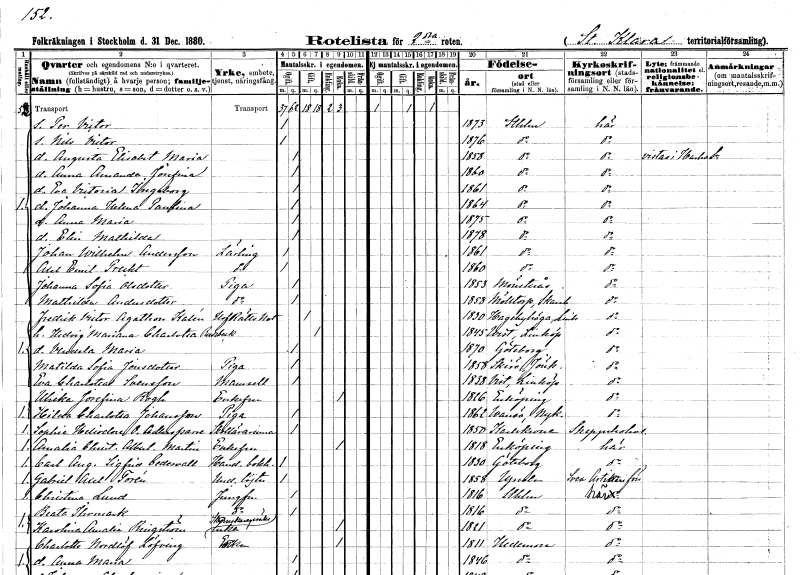
gt_parse: households: individuals: FN: Per Victor
KON: M
CIV: O
FODAR: 1873
FODFORS: Stockholm
FN: Nils Victor
KON: M
CIV: O
FODAR: 1876
FODFORS: Stockholm
FN: Augusta Elisabet Maria
KON: K
CIV: O
FODAR: 1858
FODFORS: Stockholm
FN: Anna Amanda Josefina
KON: K
CIV: O
FODAR: 1860
FODFORS: Stockholm
FN: Eva Victoria Ingeborg
KON: K
CIV: O
FODAR: 1861
FODFORS: Stockholm
FN: Johanna Helena Paulina
KON: K
CIV: O
FODAR: 1864
FODFORS: Stockholm
FN: Anna Maria
KON: K
CIV: O
FODAR: 1875
FODFORS: Stockholm
FN: Elin Mathilda
KON: K
CIV: O
FODAR: 1878
FODFORS: Stockholm
FN: Johan Wilhelm
EN: Andersson
YRKE: Lärling
KON: M
CIV: O
FODAR: 1861
FODFORS: Stockholm
FN: Axel Emil
EN: Precht
YRKE: Lärling
KON: M
CIV: O
FODAR: 1860
FODFORS: Stockholm
FN: Johanna Sofia
EN: Olsdotter
YRKE: Piga
KON: K
CIV: O
FODAR: 1853
FODFORS: Mönsterås Kalmar län
FN: Mathilda
EN: Andersdotter
YRKE: Piga
KON: K
CIV: O
FODAR: 1858
FODFORS: Mölltorp Skaraborgs län
FN: Fredrik Victor Agathon
EN: Kalén
YRKE: Hovrättsnotarie
KON: M
CIV: G
FODAR: 1830
FODFORS: Hagebyhöga Östergötlands län
FN: Hedvig Mariana Charlotta
EN: Rudebeck
KON: K
CIV: G
FODAR: 1845
FODFORS: Vist Östergötlands län
FN: Vendela Maria
KON: K
CIV: O
FODAR: 1870
FODFORS: Göteborg Göteborgs- och Bohuslän
FN: Matilda Sofia
EN: Jonsdotter
YRKE: Piga
KON: K
CIV: O
FODAR: 1858
FODFORS: Skirö Jönköpings län
FN: Eva Charlotta
EN: Svensson
KON: K
CIV: O
FODAR: 1838
FODFORS: Vist Östergötlands län
FN: Ulrika Josefina
EN: Rogh
KON: K
CIV: E
FODAR: 1826
FODFORS: Enköping Uppsala län
FN: Hilda Charlotta
EN: Johansson
YRKE: Piga
KON: K
CIV: O
FODAR: 1862
FODFORS: Vansö Södermanlands län
FN: Sophie Heliodore Ottiliana
EN: Adlersparre
YRKE: Skollärarinna
KON: K
CIV: O
FODAR: 1850
FODFORS: Karlskrona Blekinge län
FN: Amalia Christina Albertina
EN: Martin
KON: K
CIV: E
FODAR: 1818
FODFORS: Enköping Uppsala län
FN: Carl August Sigfrid
EN: Cedervall
YRKE: Handelsbokhållare
KON: M
CIV: O
FODAR: 1830
FODFORS: Göteborg Göteborgs- och Bohuslän
FN: Gabriel Axel
EN: Torén
YRKE: Underlöjtnant
KON: M
CIV: O
FODAR: 1858
FODFORS: Uppsala Uppsala län
FN: Christina
EN: Lund
YRKE: Jungfru
KON: K
CIV: O
FODAR: 1816
FODFORS: Stockholm
FN: Beata
EN: Ihrmark
YRKE: Jungfru
KON: K
CIV: O
FODAR: 1816
FODFORS: Stockholm
FN: Karolina Amalia
EN: Ringström
YRKE: Skomakaregesällsänka
KON: K
CIV: E
FODAR: 1821
FODFORS: Stockholm